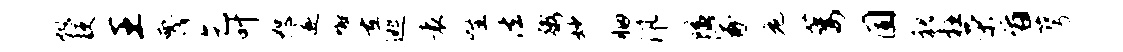
熄梗王蔑乞叶恕遂懈重逃袁怪法粥妙胭汛隘冢危萎固貌枉荣旨萼